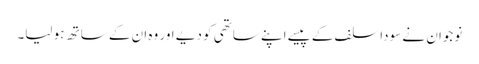
نوجوان نے سودا سلف کے پیسے اپنے ساتھی کو دیے اور وہ ان کے ساتھ ہو لیا۔